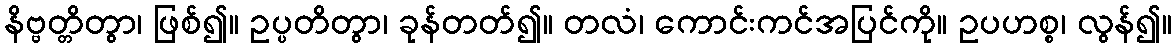
နိဗ္ဗတ္တိတွာ၊ ဖြစ်၍။ ဥပ္ပတိတွာ၊ ခုန်တတ်၍။ တလံ၊ ကောင်းကင်အပြင်ကို။ ဥပဟစ္စ၊ လွန်၍။